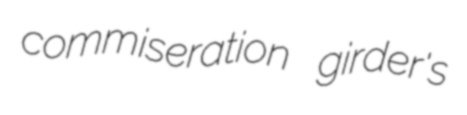
commiseration girder's